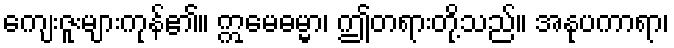
ကျေးဇူးများကုန်၏။ ဣမေဓမ္မာ၊ ဤတရားတို့သည်။ အနုပကာရာ၊